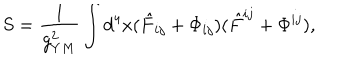
LaTeX: S = \frac { 1 } { g _ { Y M } ^ { 2 } } \int d ^ { 4 } x ( \hat { F } _ { i j } + \Phi _ { i j } ) ( \hat { F } ^ { i j } + \Phi ^ { i j } ) ,